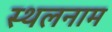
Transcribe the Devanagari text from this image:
स्थलनाम